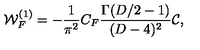
{ \cal W } _ { F } ^ { ( 1 ) } = - \frac { 1 } { { \pi } ^ { 2 } } C _ { F } { \frac { \Gamma ( D / 2 - 1 ) } { ( D - 4 ) ^ { 2 } } } { \cal C } ,